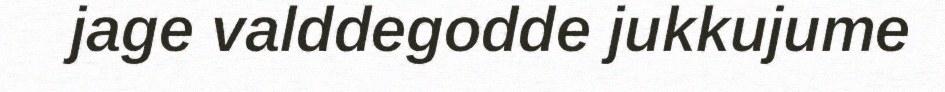
jage valddegodde jukkujume